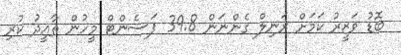
ބޮޑު ވަޒީރު ކަމަށް ރަނިލް ގެންނަން 39.8 ޕަސެންޓް މީހުން ތާއީދު ކުރި